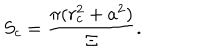
S _ { c } = \frac { \pi ( r _ { c } ^ { 2 } + a ^ { 2 } ) } { \Xi } .